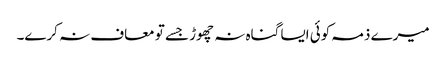
میرے ذمہ کوئی ایسا گناہ نہ چھوڑ جسے تو معاف نہ کرے۔